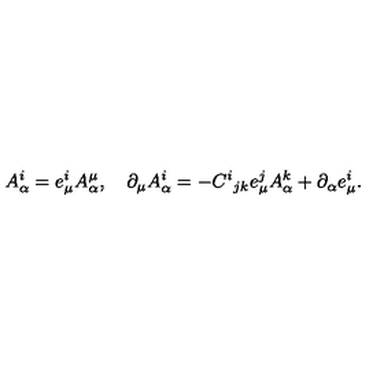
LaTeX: A _ { \alpha } ^ { i } = e _ { \mu } ^ { i } A _ { \alpha } ^ { \mu } , \quad \partial _ { \mu } A _ { \alpha } ^ { i } = - C ^ { i } { } _ { j k } e _ { \mu } ^ { j } A _ { \alpha } ^ { k } + \partial _ { \alpha } e _ { \mu } ^ { i } .